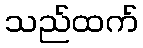
သည်ထက်